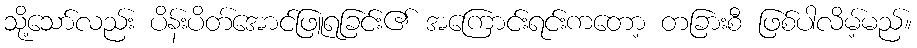
သို့သော်လည်း ပိန်းပိတ်အောင်ဖြူရခြင်း၏ အကြောင်းရင်းကတော့ တခြားစီ ဖြစ်ပါလိမ့်မည်။